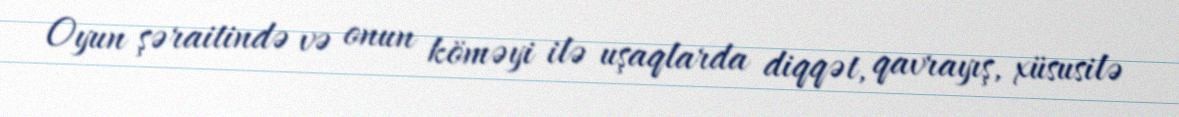
Oyun şəraitində və onun köməyi ilə uşaqlarda diqqət, qavrayış, xüsusilə